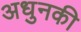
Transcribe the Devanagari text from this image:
अधुनकी